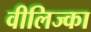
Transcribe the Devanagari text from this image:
वीलिज्का